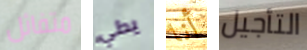
متفائل يدلي أنا التأجيل